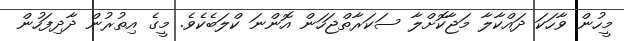
މީހުން ވާހަކަ ދައްކާލާ މަޖާކޮށްލާ ސަކަރާތްޖަހަން އޮންނަ ކްލަބެކެވެ. މީގެ އިތުރުން ދާދިފަހުން